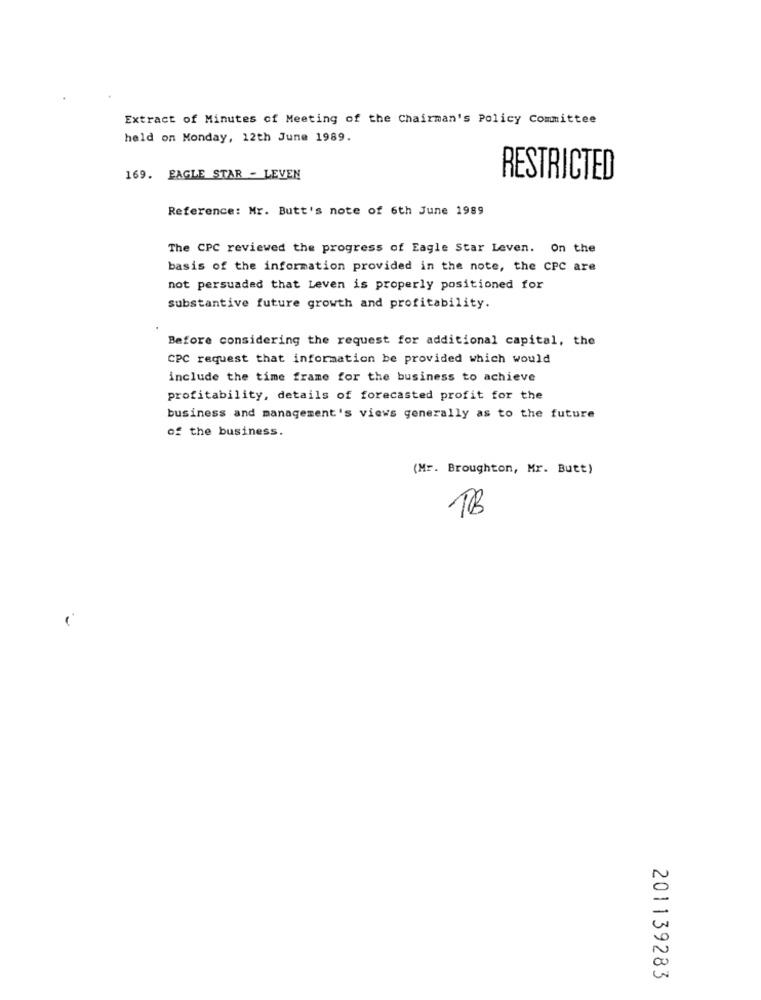
Extract of Minutes of Meeting of the Chairman's Policy Committee
held on Monday, 12th June 1989.
169. EAGLE STAR - LEVEN
RESTRICTED
Reference: Mr. Butt's note of 6th June 1989
The CPC reviewed the progress of Eagle Star Leven. On the
basis of the information provided in the note, the CPC are
not persuaded that Leven is properly positioned for
substantive future growth and profitability.
Before considering the request for additional capital, the
CPC request that information be provided which would
include the time frame for the business to achieve
profitability, details of forecasted profit for the
business and management's views generally as to the future
of the business.
(Mr. Broughton, Mr. Butt)
TB
201139283